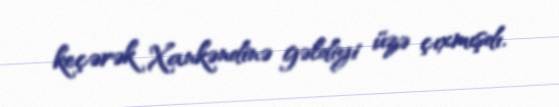
keçərək Xankəndinə gəldiyi üzə çıxmışdı.